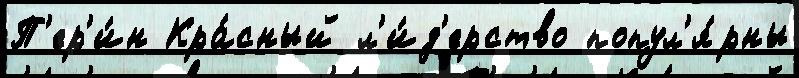
П'ер'и́н Кра́сный л'и́д'ерство попул'я́рны